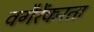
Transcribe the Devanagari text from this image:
वगैरेंकरता